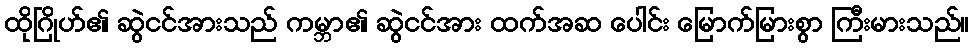
ထိုဂြိုဟ်၏ ဆွဲငင်အားသည် ကမ္ဘာ၏ ဆွဲငင်အား ထက်အဆ ပေါင်း မြောက်မြားစွာ ကြီးမားသည်။